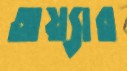
অয়্যার